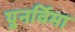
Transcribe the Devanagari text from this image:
पुनर्विमा